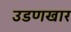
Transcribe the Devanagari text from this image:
उडणखार